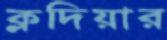
ক্লদিয়ার